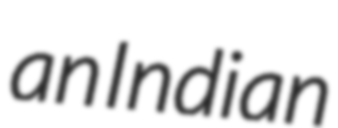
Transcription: an Indian